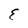
Character: E